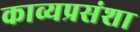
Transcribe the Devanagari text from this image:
काव्यप्रसंशा